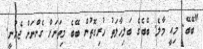
"ބޭބޭ. މިއީ މާލެ. ބޭބެގެ ބަލިހާލަތު ހުރިގޮތުން ބޭބެ މިތަނަށް ގެންނަން ޖެހުނީ.